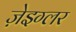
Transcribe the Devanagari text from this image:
ज़ेइग्लर